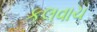
કલવાચ